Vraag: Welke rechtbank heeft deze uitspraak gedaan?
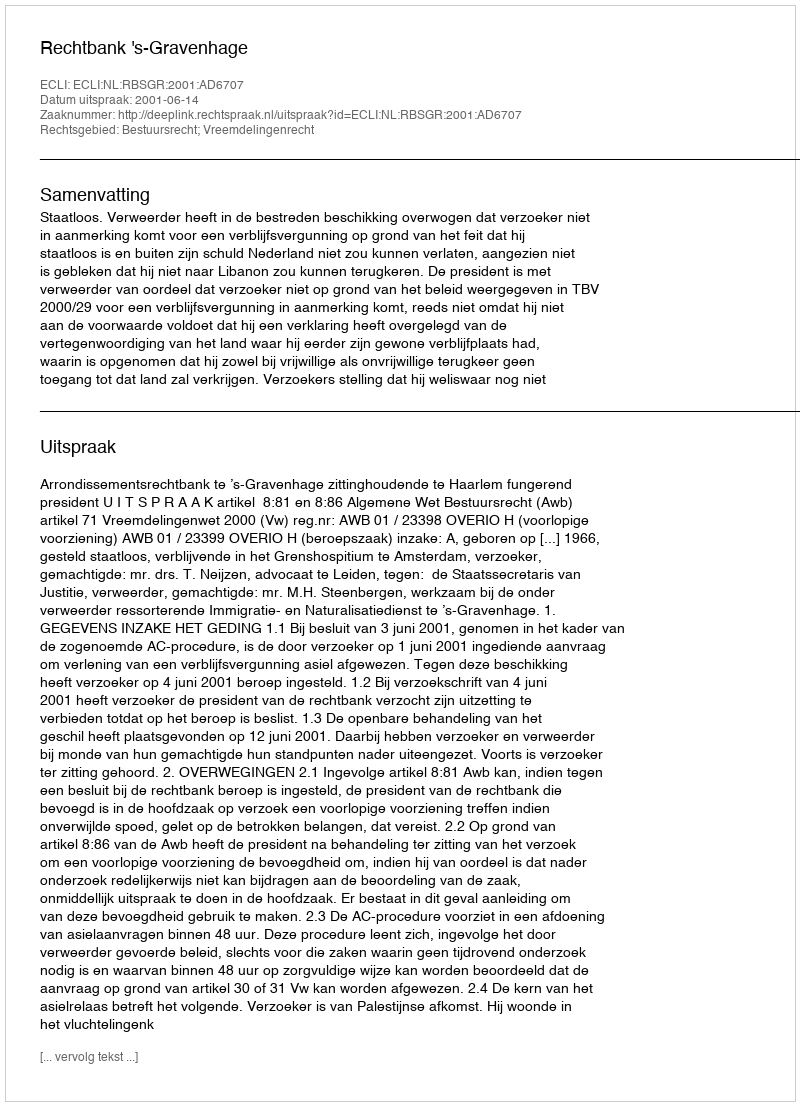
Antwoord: Rechtbank 's-Gravenhage